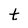
Character: t